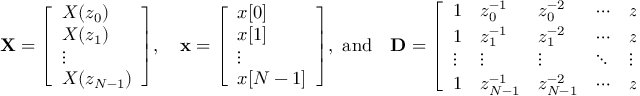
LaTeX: \mathbf { X } = { \left[ \begin{array} { l } { X ( z _ { 0 } ) } \\ { X ( z _ { 1 } ) } \\ { \vdots } \\ { X ( z _ { N - 1 } ) } \end{array} \right] } , \quad \mathbf { x } = { \left[ \begin{array} { l } { x [ 0 ] } \\ { x [ 1 ] } \\ { \vdots } \\ { x [ N - 1 ] } \end{array} \right] } , { \mathrm { ~ a n d } } \quad \mathbf { D } = { \left[ \begin{array} { l l l l l } { 1 } & { z _ { 0 } ^ { - 1 } } & { z _ { 0 } ^ { - 2 } } & { \cdots } & { z _ { 0 } ^ { - ( N - 1 ) } } \\ { 1 } & { z _ { 1 } ^ { - 1 } } & { z _ { 1 } ^ { - 2 } } & { \cdots } & { z _ { 1 } ^ { - ( N - 1 ) } } \\ { \vdots } & { \vdots } & { \vdots } & { \ddots } & { \vdots } \\ { 1 } & { z _ { N - 1 } ^ { - 1 } } & { z _ { N - 1 } ^ { - 2 } } & { \cdots } & { z _ { N - 1 } ^ { - ( N - 1 ) } } \end{array} \right] } .